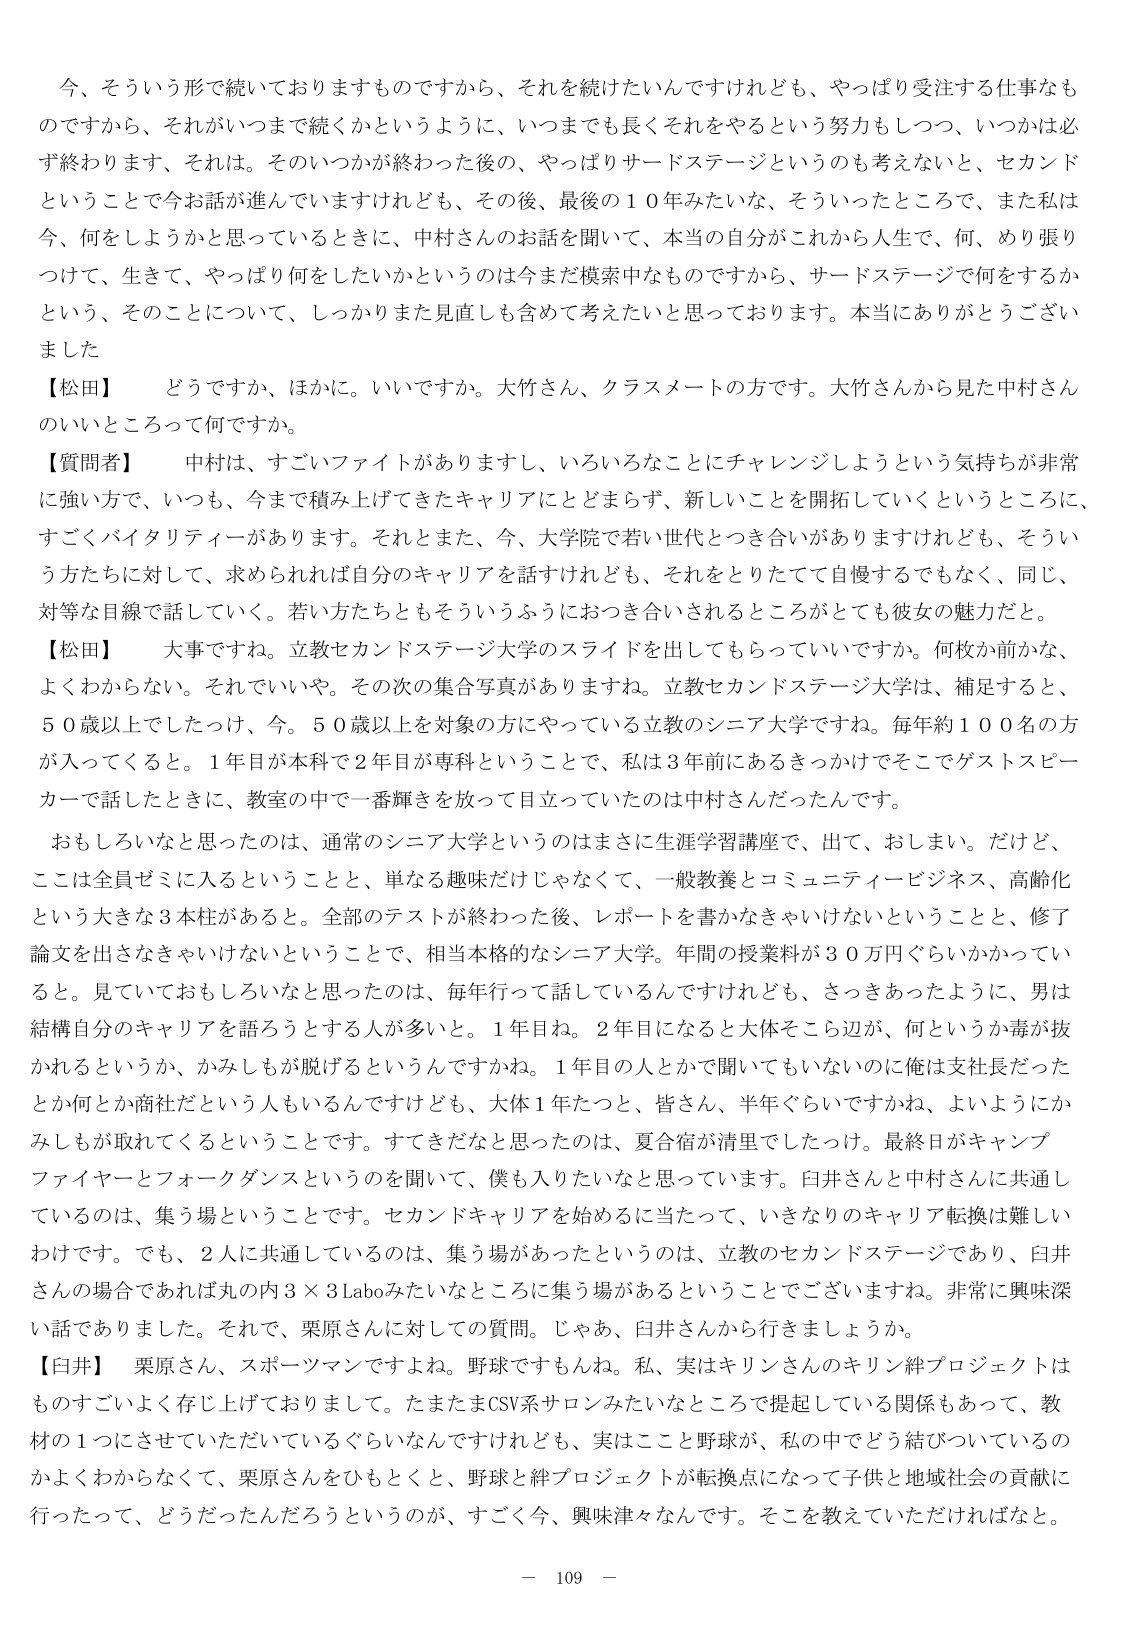
今、そういう形で続いておりますものですから、それを続けたいんですけれども、やっぱり受注する仕事なものですから、それがいつまで続くかというように、いつまでも長くそれをやるという努力もしつつ、いつかは必ず終わります、それは。そのいつかが終わった後の、やっぱりサードステージというのも考えないと、セカンドということで今お話が進んでいますけれども、その後、最後の１０年みたいな、そういったところで、また私は今、何をしようかと思っているときに、中村さんのお話を聞いて、本当の自分がこれから人生で、何、めり振りつけて、生きて、やっぱり何をしたいかというのは今まだ模索中なものですから、サードステージで何をするかという、そのことについて、しっかりまた見直しも含めて考えたいと思っております。本当にありがとうございました

【松田】　どうですか、ほかに。いいですか。大竹さん、クラスメートの方です。大竹さんから見た中村さんのいいところって何ですか。

【質問者】　中村は、すごくファイトがありますし、いろいろなことにチャレンジしようという気持ちが非常に強い方で、いつも、今まで積み上げてきたキャリアにとどまらず、新しいことを開拓していくというところに、すごくバイタリティがあります。それとまた、今、大学院で若い世代とつき合いがありますけれども、そういう方たちに対して、求められれば自分のキャリアを話すけれども、それをとりたてて自慢するでもなく、同じ、対等な目線で話していく。若い方たちともそういうふうにおつき合いされるところがとても彼女の魅力だと。

【松田】　大事ですね。立教セカンドステージ大学のスライドを出してもらっていいですか。何枚か前かな、よくわからない。それでいいや。その次の集合写真がありますね。立教セカンドステージ大学は、補足すると、５０歳以上でしたっけ、今。５０歳以上を対象の方にやっている立教のシニア大学ですね。毎年約１００名の方が入ってくると。１年目が本科で２年目が専科ということで、私は３年前にあるきっかけでそこでゲストスピーカーで話したときに、教室の中で一番輝きを放って目立っていたのは中村さんだったんです。

おもしろいなと思ったのは、通常のシニア大学というのはまさに生涯学習講座で、出て、おしまい。だけど、ここは全員ゼミに入るということと、単なる趣味だけじゃなくて、一般教養とコミュニティービジネス、高齢化という大きな３本柱があると。全部のテストが終わった後、レポートを書かなきゃいけないということと、修了論文を出さなきゃいけないということで、相当本格的なシニア大学。年間の授業料が３０万円ぐらいかかっていると。見ていておもしろいなと思ったのは、毎年行って話しているんですけども、さっきあったように、男は結構自分のキャリアを語ろうとする人が多いと。１年目ね。２年目になると大体そこら辺が、何というか毒が抜かれるというか、かみしが脱げるというんですかね。１年目の人とかで聞いてもいないのに俺は支社長だったとか何とか商社だという人もいるんですけども、大体１年たつと、皆さん、半年ぐらいですかね、よいようにかみしが取れてくるということです。すてきだなと思ったのは、夏合宿が清里でしたっけ。最終日がキャンプファイヤーとフォークダンスというのを聞いて、僕も入りたいなと思っています。臼井さんと中村さんに共通しているのは、集う場ということです。セカンドキャリアを始めるに当たって、いきなりのキャリア転換は難しいわけです。でも、２人に共通しているのは、集う場があったというのは、立教のセカンドステージであり、臼井さんの場合であれば丸の内３×３Laboみたいなところに集う場があるということでございますね。非常に興味深い話でありました。それで、栗原さんに対しての質問。じゃあ、臼井さんから行きましょうか。

【臼井】　栗原さん、スポーツマンですよね。野球ですもんね。私、実はキリンさんのキリン絆プロジェクトはものすごくよく存じ上げております。たまたまCSV系サロンみたいなところで提起している関係もあって、教材の１つにさせていただいているぐらいなんですが、実はここ野球が、私の中でどう結びついているのかよくわからなくて、栗原さんをひもとくと、野球と絆プロジェクトが転換点になって子供と地域社会の貢献に行ったって、どうだったんだろうというのが、すごく今、興味津々なんです。そこを教えていただければなと。

－ 109 －